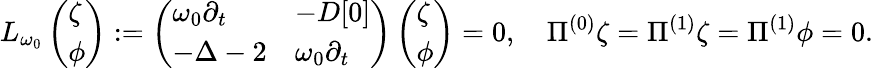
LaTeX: L_{\omega_{0}}\left(\begin{array}{l}{\zeta}\\ {\phi}\end{array}\right):=\left(\begin{array}{ll}{\omega_{0}\partial_{t}}&{-D[0]}\\ {-\Delta-2}&{\omega_{0}\partial_{t}}\end{array}\right)\left(\begin{array}{l}{\zeta}\\ {\phi}\end{array}\right)=0,\quad\Pi^{(0)}\zeta=\Pi^{(1)}\zeta=\Pi^{(1)}\phi=0.